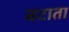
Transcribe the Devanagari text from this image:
बटाता